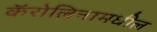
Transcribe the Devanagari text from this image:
कॅरोलिनामधील